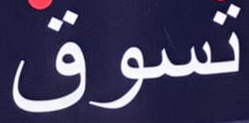
تسوق